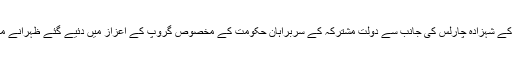
انہوں نے برطانیہ کے شہزادہ چارلس کی جانب سے دولت مشترکہ کے سربراہان حکومت کے مخصوص گروپ کے اعزاز میں دئیے گئے ظہرانے میں بھی شرکت کی۔